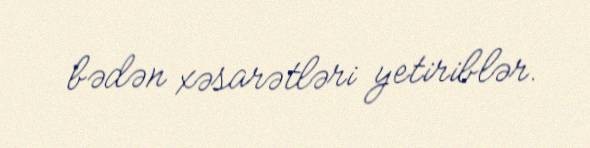
bədən xəsarətləri yetiriblər.